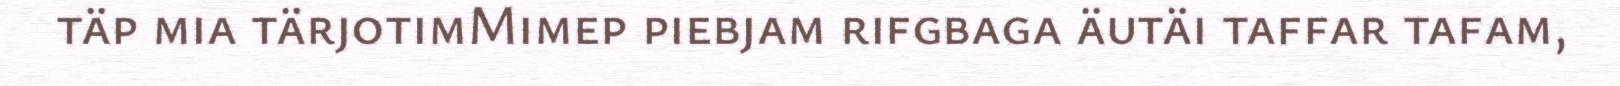
täp mia tärjotimMimep piebjam rifgbaga äutäi taffar tafam,